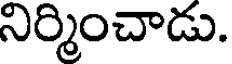
నిర్మించాడు.